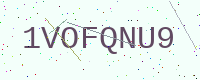
Text: 1VOFQNU9